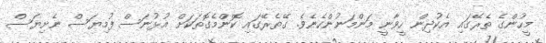
މީހުންގެ ތެރޭގައި އެކުދިން ހީވާނީ މަންމަނުންހެނެވެ. ގޭތެރޭގައި ކޮންމެގޮތަކަށް އުޅުނަސް ފުމިޔަސް ނެށިޔަސް